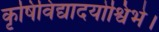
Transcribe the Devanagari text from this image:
कृषिविद्यादयोश्विभे।